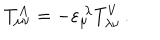
LaTeX: T _ { \mu \nu } ^ { A } = - \varepsilon _ { \mu } ^ { \ \lambda } T _ { \lambda \nu } ^ { V } \, .